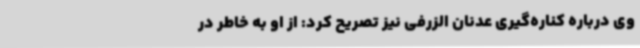
وی درباره کناره‌گیری عدنان الزرفی نیز تصریح کرد: از او به خاطر در